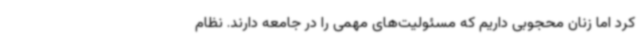
کرد اما زنان محجوبی داریم که مسئولیت‌های مهمی را در جامعه دارند. نظام